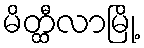
မိတ္ထီလာမြို့